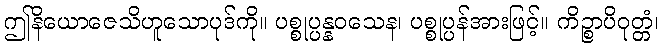
ဤနိယောဇေသိဟူသောပုဒ်ကို။ ပစ္စုပ္ပန္နဝသေန၊ ပစ္စုပ္ပန်အားဖြင့်။ ကိဉ္စာပိဝုတ္တံ၊